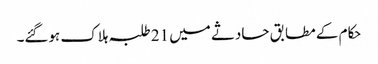
حکام کے مطابق حادثے میں 21 طلبہ ہلاک ہوگئے۔